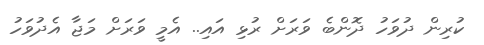
ކުރިން ދުވަހު ދޮންބެ ވަރަށް ރުޅި އައި.. އެމީ ވަރަށް މަޖާ އެދުވަހު